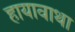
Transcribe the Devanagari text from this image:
हायावाथा